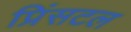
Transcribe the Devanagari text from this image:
प्रिंसटल